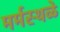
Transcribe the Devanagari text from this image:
मर्मस्थळे